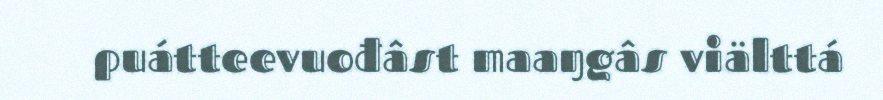
puátteevuođâst maaŋgâs viälttá